Report on plague and inoculation in the Punjab from October 1st ... to September 30th..., being the ... season of plague in the province
Disease focus: Plague
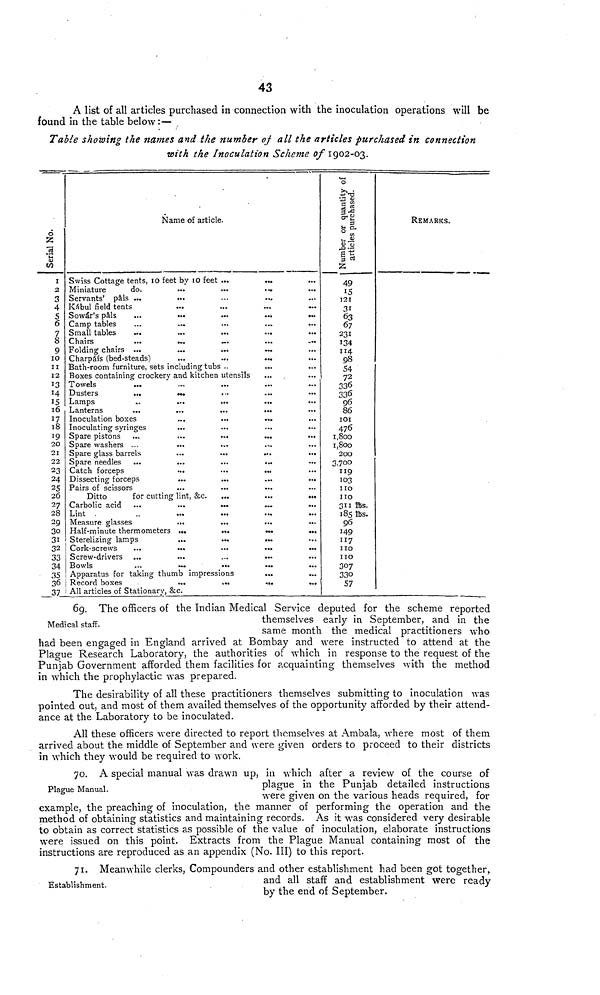
43
A list of all articles purchased in connection with the inoculation operations will be
found in the table below:—
Table showing the names and the number of all the articles purchased in connection
with the Inoculation Scheme of 1902-03.
Serial No.
I
2
3
4
S
6
7
8
9
10
11
12
13
14
15
16
17
18
19
20
21
22
23
24
25
26
27
28
29
30
31
32
33
34
35
36
37
Name of article.
Swiss Cottage tents, 10 feet by 10 feet
Miniature
do.
Servants' pals ...
Kábul field tents
Sowar's pals ...
Camp tables ...
Small tables ...
Chairs ...
Folding chairs ...
Charpáís (bed-steads)
...
...
...
...
...
...
...
...
...
Bath-room furniture, sets including tubs
...
...
...
...
...
...
...
...
...
...
....
Boxes containing crockery and kitchen utensils
Towels
...
Dusters
...
Lamps ...
Lanterns ...
Inoculation boxes
Inoculating syringes
Spare pistons ...
Spare washers ...
Spare glass barrels
Spare needles ...
Catch forceps
Dissecting forceps
Pairs of scissors
...
...
...
...
...
...
...
...
...
...
...
...
...
Ditto
for cutting lint, &c.
Carbolic acid ...
Lint . ...
Measure glasses
Half-minute thermometers
Sterelizing lamps
Cork-screws ...
Screw-drivers ...
Bowls ...
...
...
...
...
...
...
...
...
...
...
...
...
...
...
...
...
...
...
...
...
...
...
...
...
...
...
...
...
...
...
Apparatus for taking thumb impressions
Record boxes
...
All articles of Stationary, &c.
...
...
...
...
...
...
...
...
...
...
...
...
...
...
...
...
...
...
...
...
...
...
...
...
...
...
...
...
...
...
...
...
...
...
...
...
...
...
...
...
...
...
...
...
...
...
...
...
...
...
...
...
...
...
...
...
...
...
...
...
...
...
...
...
...
...
...
...
...
...
...
...
Number or quantity of
articles purchased.
49
15
121
31
63
67
231
134
114
98
54
72
336
336
96
86
101
476
1, 800
1,800
200
3,700
119
103
110
110
311 lbs.
185 lbs.
96
149
117
110
110
307
330
57
Remarks.
Medical staff.
69. The officers of the Indian Medical Service deputed for the scheme reported
themselves early in September, and in the
same month the medical practitioners who
had been engaged in England arrived at Bombay and were instructed to attend at the
Plague Research Laboratory, the authorities of which in response to the request of the
Punjab Government afforded them facilities for acquainting themselves with the method
in which the prophylactic was prepared.
The desirability of all these practitioners themselves submitting to inoculation was
pointed out, and most of them availed themselves of the opportunity afforded by their attend-
ance at the Laboratory to be inoculated.
All these officers were directed to report themselves at Ambala, where most of them
arrived about the middle of September and were given orders to proceed to their districts
in which they would be required to work.
Plague Manual.
70. A special manual was drawn up, in which after a review of the course of
plague in the Punjab detailed instructions
were given on the various heads required, for
example, the preaching of inoculation, the manner of performing the operation and the
method of obtaining statistics and maintaining records. As it was considered very desirable
to obtain as correct statistics as possible of the value of inoculation, elaborate instructions
were issued on this point. Extracts from the Plague Manual containing most of the
instructions are reproduced as an appendix (No. III) to this report.
Establishment.
71. Meanwhile clerks, Compounders and other establishment had been got together,
and all staff and establishment were ready
by the end of September.